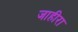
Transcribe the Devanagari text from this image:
जाहीरा